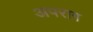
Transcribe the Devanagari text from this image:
अपराग